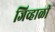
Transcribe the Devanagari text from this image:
जिव्हाळी